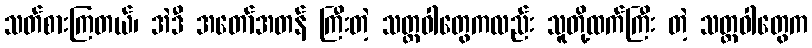
သတ်စားကြတယ်၊ အဲဒီ အတော်အတန် ကြီးတဲ့ သတ္တဝါတွေကလည်း သူတို့ထက်ကြီး တဲ့ သတ္တဝါတွေက